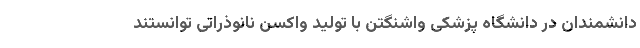
دانشمندان در دانشگاه پزشکی واشنگتن با تولید واکسن نانوذراتی توانستند